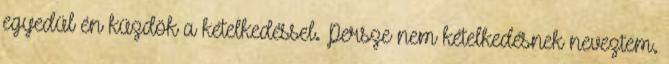
egyedül én küzdök a kételkedéssel. Persze nem kételkedésnek neveztem.